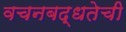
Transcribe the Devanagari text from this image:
वचनबद्धतेची